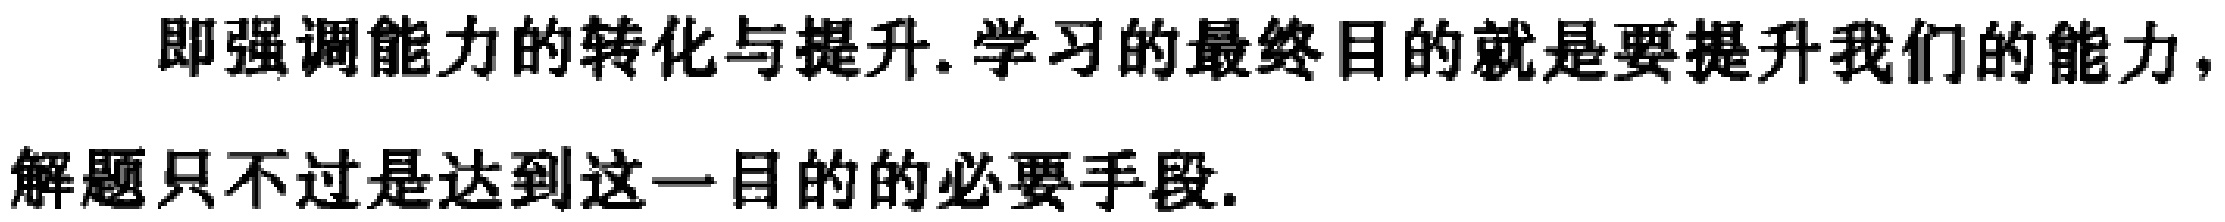
即强调能力的转化与提升.学习的最终目的就是要提升我们的能力,解题只不过是达到这一目的的必要手段.